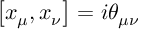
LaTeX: \left[ x _ { \mu } , x _ { \nu } \right] = i \theta _ { \mu \nu }